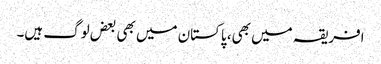
افریقہ میں بھی، پاکستان میں بھی بعض لوگ ہیں۔